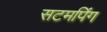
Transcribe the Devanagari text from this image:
सटमपिंग